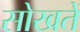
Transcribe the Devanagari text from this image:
सोखतें